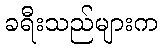
ခရီးသည်များက